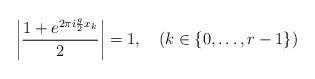
LaTeX: \begin{align*}\left|\frac{1+e^{2\pi i \frac g2 x_k}}{2}\right|=1,\quad(k\in\{0,\dots,r-1\})\end{align*}